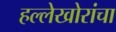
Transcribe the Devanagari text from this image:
हल्लेखोरांचा